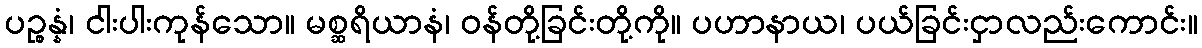
ပဉ္စန္နံ၊ ငါးပါးကုန်သော။ မစ္ဆရိယာနံ၊ ဝန်တို့ခြင်းတို့ကို။ ပဟာနာယ၊ ပယ်ခြင်းငှာလည်းကောင်း။